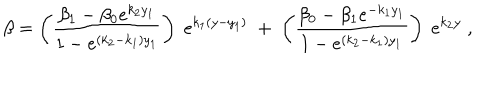
\beta = \left( \frac { \beta _ { 1 } - \beta _ { 0 } e ^ { k _ { 2 } y _ { 1 } } } { 1 - e ^ { ( k _ { 2 } - k _ { 1 } ) y _ { 1 } } } \right) \; e ^ { k _ { 1 } ( y - y _ { 1 } ) } \; + \; \left( \frac { \beta _ { 0 } - \beta _ { 1 } e ^ { - k _ { 1 } y _ { 1 } } } { 1 - e ^ { ( k _ { 2 } - k _ { 1 } ) y _ { 1 } } } \right) \; e ^ { k _ { 2 } y } \; ,